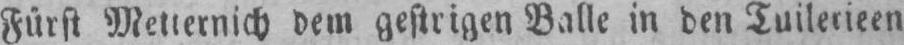
Fürst Metternich dem gestrigen Balle in den Tuilerieen